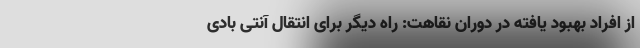
از افراد بهبود یافته در دوران نقاهت: راه دیگر برای انتقال آنتی بادی